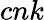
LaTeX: cnk